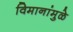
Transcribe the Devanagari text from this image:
विमानांमुळे